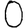
Digit: 0